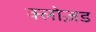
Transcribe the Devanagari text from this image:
क्लोज़ड